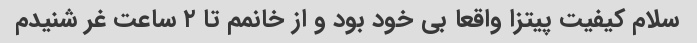
سلام کیفیت پیتزا واقعا بی خود بود و از خانمم تا ۲ ساعت غر شنیدم